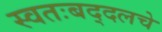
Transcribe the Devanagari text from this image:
स्वतःबद्दलचे